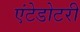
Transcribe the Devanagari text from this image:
एंटेडोटरी